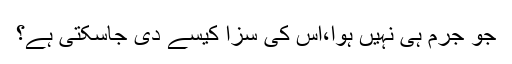
جو جرم ہی نہیں ہوا،اس کی سزا کیسے دی جاسکتی ہے؟